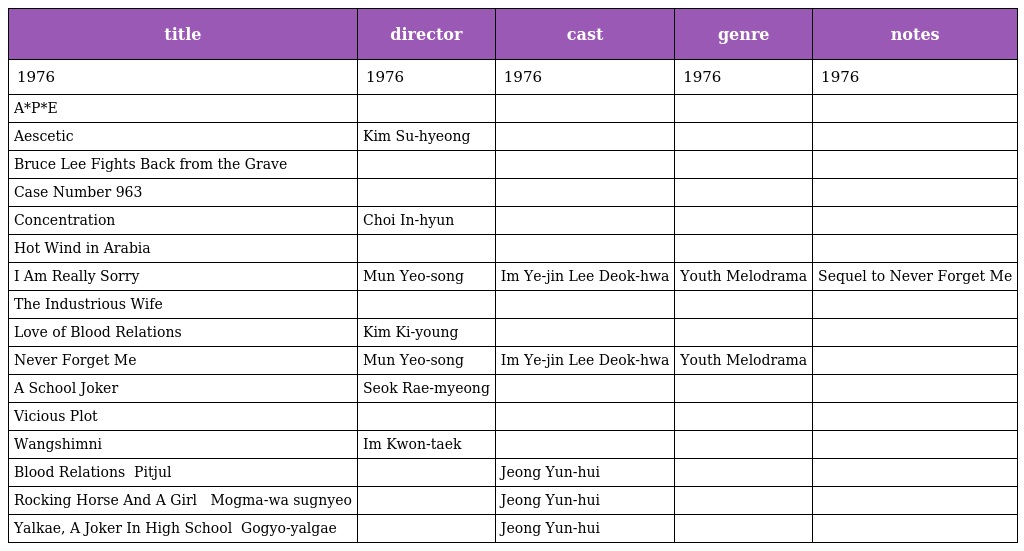
| title | director | cast | genre | notes |
 | --- | --- | --- | --- | --- |
 | 1976 | 1976 | 1976 | 1976 | 1976 |
 | A*P*E |  |  |  |  |
 | Aescetic | Kim Su-hyeong |  |  |  |
 | Bruce Lee Fights Back from the Grave |  |  |  |  |
 | Case Number 963 |  |  |  |  |
 | Concentration | Choi In-hyun |  |  |  |
 | Hot Wind in Arabia |  |  |  |  |
 | I Am Really Sorry | Mun Yeo-song | Im Ye-jin Lee Deok-hwa | Youth Melodrama | Sequel to Never Forget Me |
 | The Industrious Wife |  |  |  |  |
 | Love of Blood Relations | Kim Ki-young |  |  |  |
 | Never Forget Me | Mun Yeo-song | Im Ye-jin Lee Deok-hwa | Youth Melodrama |  |
 | A School Joker | Seok Rae-myeong |  |  |  |
 | Vicious Plot |  |  |  |  |
 | Wangshimni | Im Kwon-taek |  |  |  |
 | Blood Relations 핏줄 Pitjul |  | Jeong Yun-hui |  |  |
 | Rocking Horse And A Girl 목마와 숙녀 Mogma-wa sugnyeo |  | Jeong Yun-hui |  |  |
 | Yalkae, A Joker In High School 고교얄개 Gogyo-yalgae |  | Jeong Yun-hui |  |  |